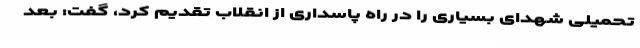
تحمیلی شهدای بسیاری را در راه پاسداری از انقلاب تقدیم کرد، گفت: بعد